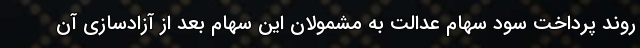
روند پرداخت سود سهام عدالت به مشمولان این سهام بعد از آزادسازی آن